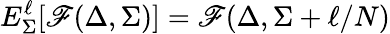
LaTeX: E_{\Sigma}^{\ell}[\mathscr{F}(\Delta,\Sigma)]=\mathscr{F}(\Delta,\Sigma+\ell/N)